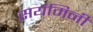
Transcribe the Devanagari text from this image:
सयंमिनी